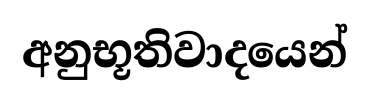
අනුභූතිවාදයෙන්